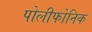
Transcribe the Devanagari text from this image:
पोलीफोनिक